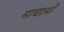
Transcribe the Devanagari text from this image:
माचाओ